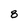
Character: 8